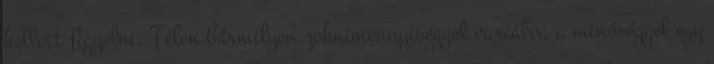
kellett figyelni. Télen bármilyen zoknimennyiséggel variálva a minőséggel egy